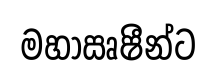
මහාඍෂීන්ට